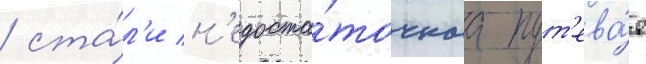
/ ста́л'и н'едоста́точнаа пут'ева́я